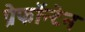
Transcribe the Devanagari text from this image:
प्रेफॉन्टेन